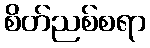
စိတ်ညစ်စရာ